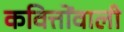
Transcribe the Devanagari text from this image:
कवित्तोंवाली